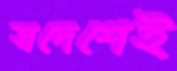
স্বদেশেই